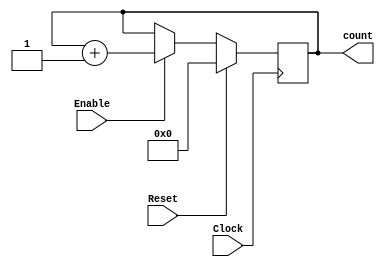
// This program was cloned from: https://github.com/ckugel/Reaction-Time-Game
// License: MIT License

`ifndef thirteenBitUpCounter
`define thirteenBitUpCounter

module thirteenBitUpCounter(Enable, Clock, Reset, count);
    input Enable;
    input Clock;
    input Reset;

    output reg [12:0] count;

    always @(posedge Clock) begin
        if (Reset) begin
            count <= 13'h0; // Reset the counter to zero
        end else begin
            if (Enable) begin
                count <= count + 1'b1; // Increment the counter
            end
        end
    end

endmodule

`endif